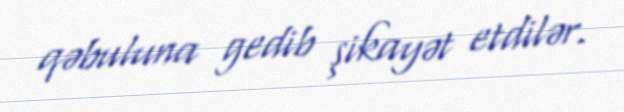
qəbuluna gedib şikayət etdilər.